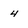
Character: 4